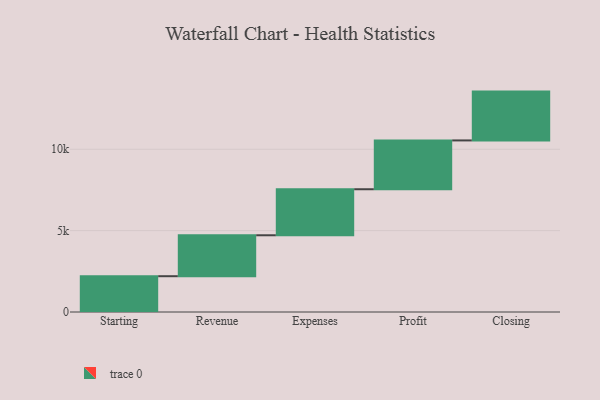
{"axis": {"x": "Step", "y": "Value"}, "legend": [""], "data": [{"x": "Starting", "y": 2200.0, "type": ""}, {"x": "Revenue", "y": 2515.0, "type": ""}, {"x": "Expenses", "y": 2828.0, "type": ""}, {"x": "Profit", "y": 3000, "type": ""}, {"x": "Closing", "y": 3000, "type": ""}]}